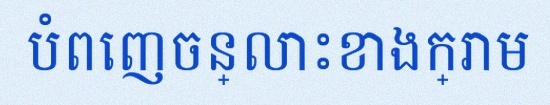
បំពេញចន្លោះខាងក្រោម